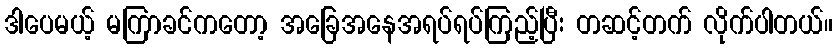
ဒါပေမယ့် မကြာခင်ကတော့ အခြေအနေအရပ်ရပ်ကြည့်ပြီး တဆင့်တက် လိုက်ပါတယ်။